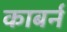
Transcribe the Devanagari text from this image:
काबर्न